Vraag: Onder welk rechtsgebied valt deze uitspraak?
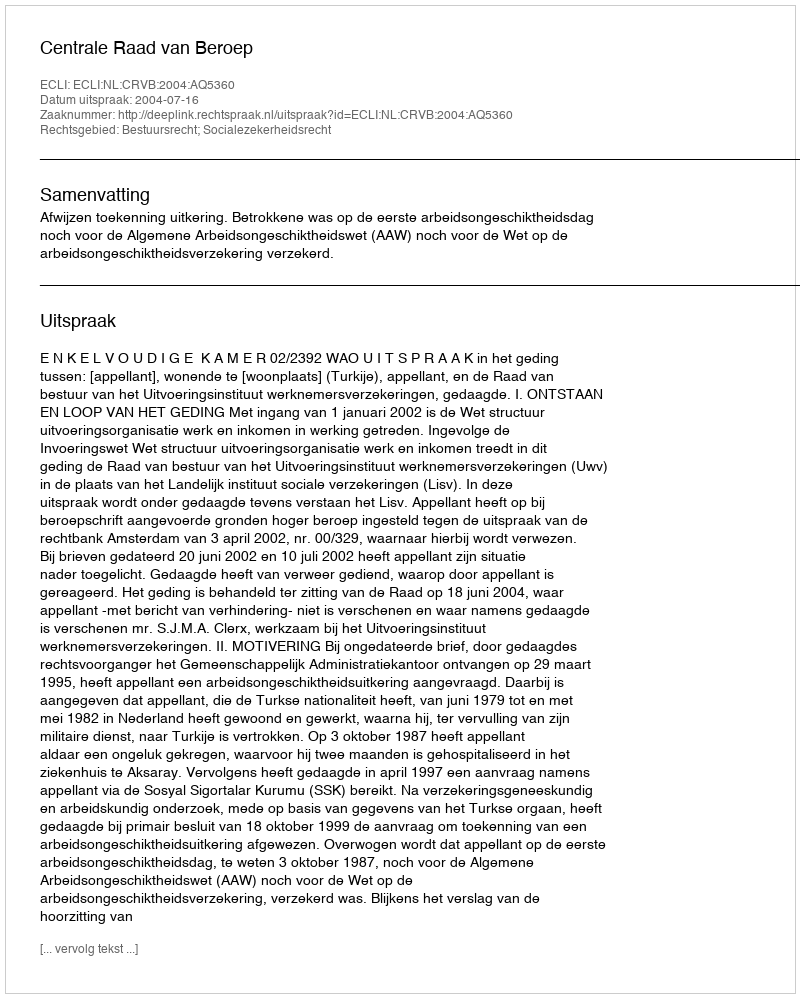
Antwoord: Bestuursrecht; Socialezekerheidsrecht